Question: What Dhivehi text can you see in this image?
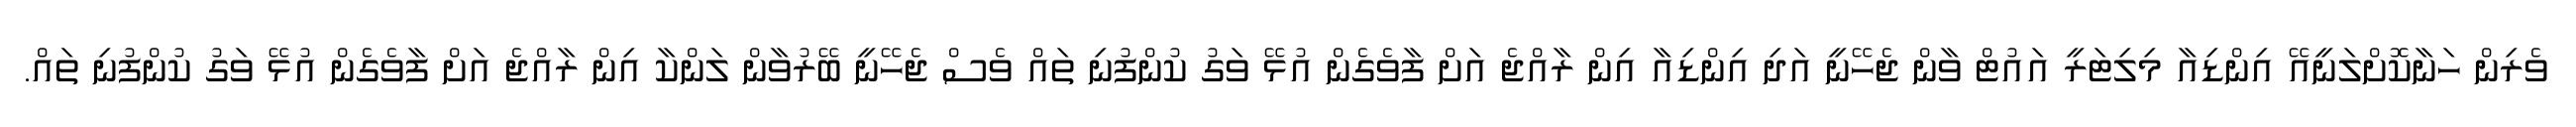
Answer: ވެރިން ހަނާކޮށްލަނީއޭ އިންޑިއާ މިލިޓަރީ އައުޓް ވާން ޖެހޭނީ އަދި އިންޑިއާ އިން ރާއްޖެ އަށް ފާވެގެން އުޅޭ ވަގު ކުންފުނި ތައް ވެސް ޖެހޭނީ ބޭރުވާން ލަންކާ އިން ރާއްޖެ އަށް ފާވެގެން އުޅޭ ވަގު ކުންފުނި ތައް.